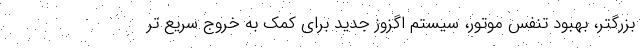
بزرگتر، بهبود تنفس موتور، سیستم اگزوز جدید برای کمک به خروج سریع تر